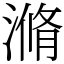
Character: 滫